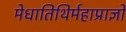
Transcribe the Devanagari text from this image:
मेधातिथिर्महाप्राज्ञो